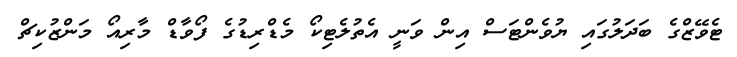
ޓެވޭޒްގެ ބަދަލުގައި ޔުވެންޓަސް އިން ވަނީ އެތުލެޓިކޯ މެޑްރިޑުގެ ފޯވާޑް މާރިއޯ މަންޒުކިޗް